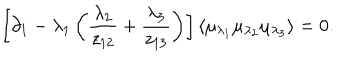
\left[ \partial _ { 1 } - \lambda _ { 1 } \left( \frac { \lambda _ { 2 } } { z _ { 1 2 } } + \frac { \lambda _ { 3 } } { z _ { 1 3 } } \right) \right] \langle \mu _ { \lambda _ { 1 } } \mu _ { \lambda _ { 2 } } \mu _ { \lambda _ { 3 } } \rangle = 0 .